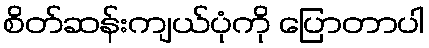
စိတ်ဆန်းကျယ်ပုံကို ပြောတာပါ